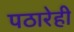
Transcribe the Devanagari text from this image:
पठारेही